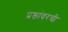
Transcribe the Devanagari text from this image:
प्रश्नांवरची